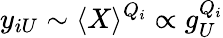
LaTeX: y_{iU}\sim\langle X\rangle^{Q_{i}}\propto g_{U}^{Q_{i}}